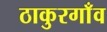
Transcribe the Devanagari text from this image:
ठाकुरगाँव